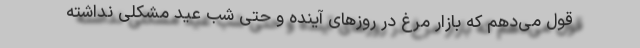
قول می‌دهم که بازار مرغ در روز‌های آینده و حتی شب عید مشکلی نداشته